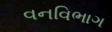
વનવિભાગ